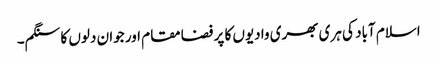
اسلام آباد کی ہری بھری وادیوں کا پر فضا مقام اور جوان دلوں کا سنگم۔